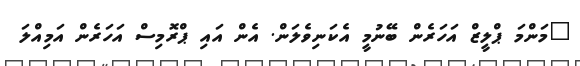
"މަންމަ ޕްލީޒް އަހަރެން ބޭނުމީ އެކަނިވެލަން. އެން އައި ޕްރޮމިސް އަހަރެން އަމިއްލަ